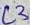
Text: L3